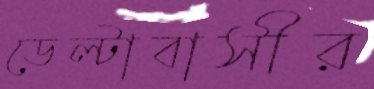
ডেল্টাবাসীর